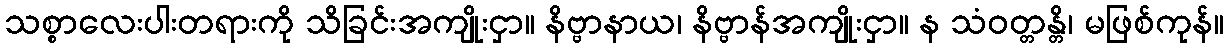
သစ္စာလေးပါးတရားကို သိခြင်းအကျိုးငှာ။ နိဗ္ဗာနာယ၊ နိဗ္ဗာန်အကျိုးငှာ။ န သံဝတ္တန္တိ၊ မဖြစ်ကုန်။